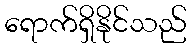
ရောက်ရှိနိုင်သည်